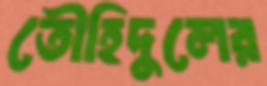
তৌহিদুলের